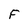
Character: F